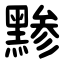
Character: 黪